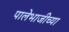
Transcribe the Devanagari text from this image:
पालेभाजीच्या